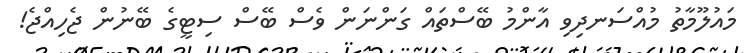
މައުލޫމާތު މުއްސަނދިވި އާންމު ބޭސްތައް ގަަންނަން ވެސް ބޭސް ސިޓީގެ ބޭނުން ޖެހިއްޖެ!